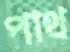
পাথ